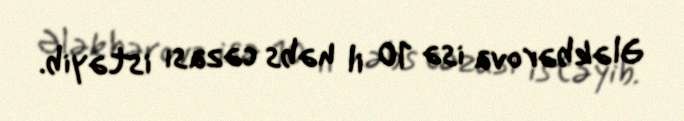
Ələkbərova isə 10 il həbs cəzası istəyib.